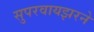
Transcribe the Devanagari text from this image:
सुपरवायझरने